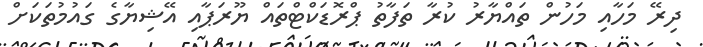
ދިރޭ މަހާއި މަހުން ތައްޔާރު ކުރާ ތަފާތު ޕްރޮޑަކްޓްތައް ޔޫރަޕާއި އޭޝިޔާގެ ގައުމުތަކަށް